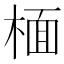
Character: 㮌